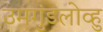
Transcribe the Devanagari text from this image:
उमगुंडलोव्हु